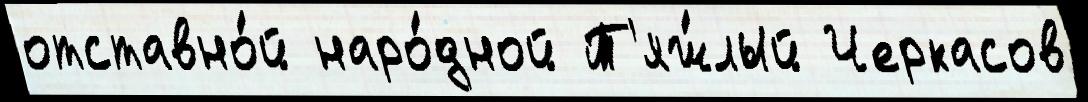
отставно́й наро́дной Т'яж́лый Черкасов